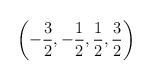
LaTeX: \begin{align*}\left( -\frac{3}{2},-\frac{1}{2},\frac{1}{2},\frac{3}{2}\right) \protect\end{align*}